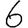
Digit: 6